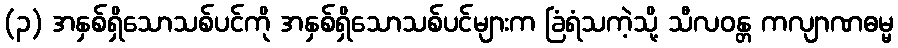
(၃) အနှစ်ရှိသောသစ်ပင်ကို အနှစ်ရှိသောသစ်ပင်များက ခြံရံသကဲ့သို့ သီလဝန္တ ကလျာဏဓမ္မ